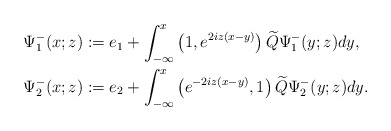
\begin{align*}&\Psi^-_1(x;z):=e_1+\int_{-\infty}^x\left(1,e^{2iz(x-y)}\right)\widetilde{Q} \Psi^-_1(y;z) dy, \\&\Psi^-_2(x;z):=e_2+\int_{-\infty}^x\left(e^{-2iz(x-y)},1\right)\widetilde{Q} \Psi^-_2(y;z) dy.\end{align*}